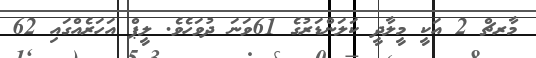
މާރޗް 2 އަކީ މީލާދީ ކަލަންޑަރުގެ 61ވަނަ ދުވަހެވެ. ލީޕް އަހަރެއްގައި 62